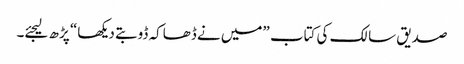
صدیق سالک کی کتاب ”میں نے ڈھاکہ ڈوبتے دیکھا“ پڑھ لیجئے۔